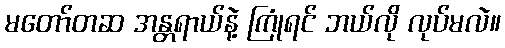
မတော်တဆ အန္တရာယ်နဲ့ ကြုံရင် ဘယ်လို လုပ်မလဲ။